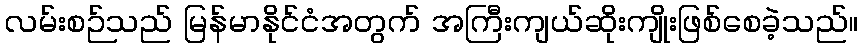
လမ်းစဉ်သည် မြန်မာနိုင်ငံအတွက် အကြီးကျယ်ဆိုးကျိုးဖြစ်စေခဲ့သည်။